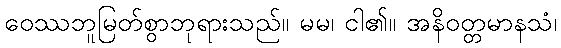
ဝေဿဘူမြတ်စွာဘုရားသည်။ မမ၊ ငါ၏။ အနိဝတ္တမာနသံ၊